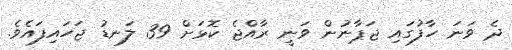
ދެ ވަނަ ހާފުގައި ޖަޕާނުން ވަނީ ރާއްޖެ ކޮޅަށް 39 ލަނޑު ޖަހައިފައެވެ.